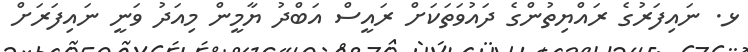
ޅ. ނައިފަރުގެ ރައްޔިތުންގެ ދައުވަތަކަށް ރައީސް އަބްދު ޔާމީން މިއަދު ވަނީ ނައިފަރަށް